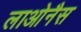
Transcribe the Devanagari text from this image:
लाओनैस